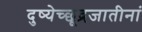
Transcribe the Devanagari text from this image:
दुष्येच्छूद्रजातीनां